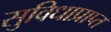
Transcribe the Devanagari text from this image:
सुविधाप्राप्त